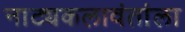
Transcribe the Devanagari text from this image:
नाट्यकलावंतांला